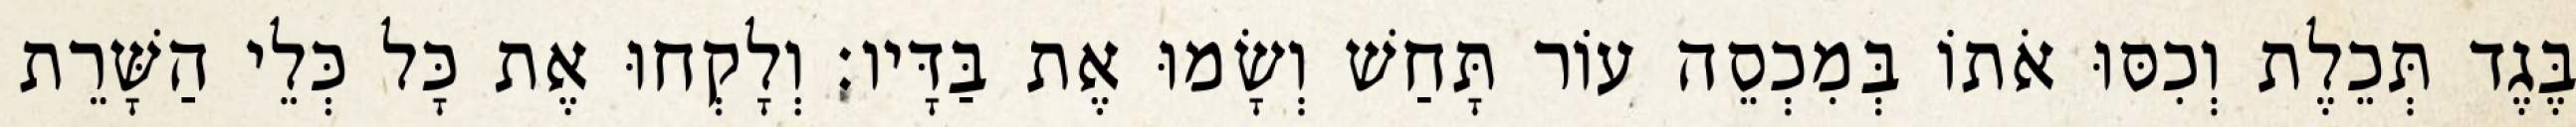
בֶּגֶד תְּכֵלֶת וְכִסּוּ אֹתוֹ בְּמִכְסֵה עוֹר תָּחַשׁ וְשָׂמוּ אֶת בַּדָּיו׃ וְלָקְחוּ אֶת כָּל כְּלֵי הַשָּׁרֵת